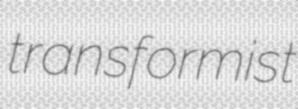
transformist